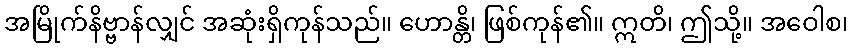
အမြိုက်နိဗ္ဗာန်လျှင် အဆုံးရှိကုန်သည်။ ဟောန္တိ၊ ဖြစ်ကုန်၏။ ဣတိ၊ ဤသို့။ အဝေါစ၊